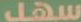
سهل